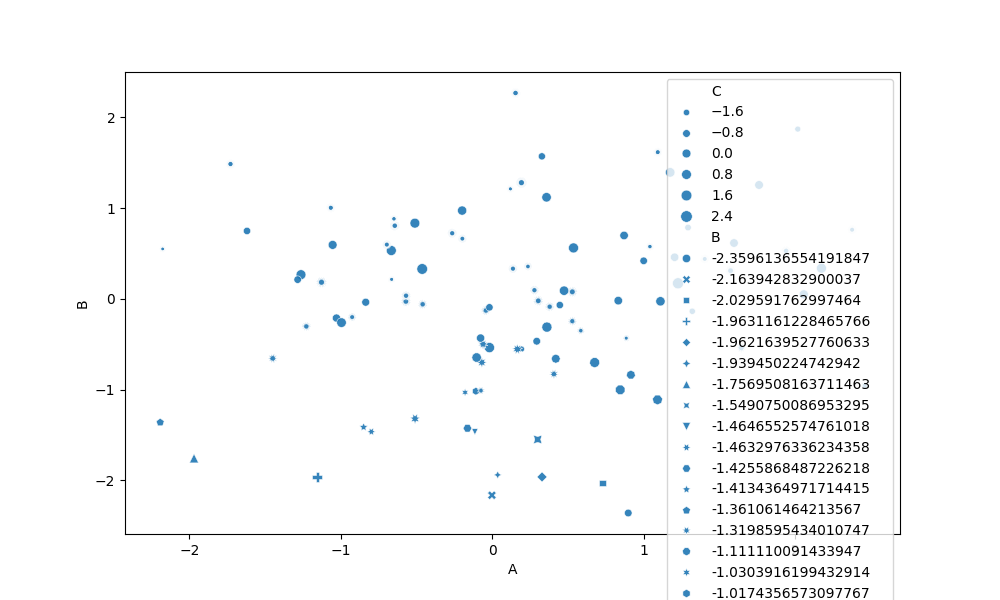
python, seaborn, scatterplot, hue='None', style='B', size='C', palette='muted', alpha=0.9